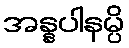
အန္နပါနမ္ပိ